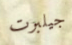
جيلبرت